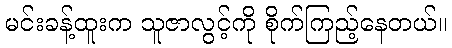
မင်းခန့်ထူးက သူဇာလွင့်ကို စိုက်ကြည့်နေတယ်။